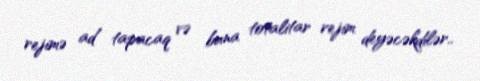
rejimə ad tapacaq və buna totalitar rejim deyəcəkdilər..